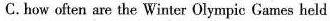
C.how often are the Winter Olympic Games held